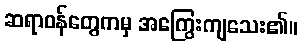
ဆရာဝန်တွေကမှ အကြွေးကျသေး၏။